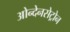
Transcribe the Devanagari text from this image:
ओन्देनसेट्रोन